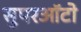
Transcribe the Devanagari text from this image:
सुपरऑटो